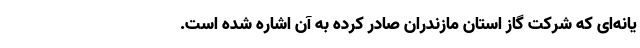
یانه‌ای که شرکت گاز استان مازندران صادر کرده به آن اشاره شده است.